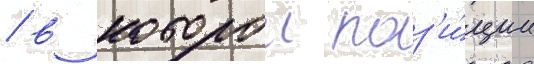
/ в которои поз'и́ции